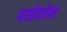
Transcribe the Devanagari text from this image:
पाईथोन